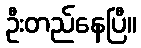
ဦးတည်နေပြီ။